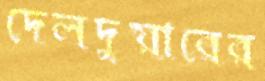
দেলদুয়ারের